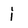
Character: i